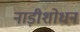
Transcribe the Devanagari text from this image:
नाड़ीशोधन